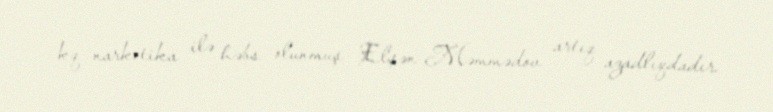
kq narkotika ilə həbs olunmuş Elşən Məmmədov artıq azadlıqdadır.